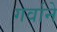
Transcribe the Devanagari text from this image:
गर्वाने